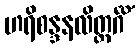
ဟရိစန္ဒနလိတ္တင်္ဂိံ